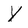
Character: Y